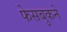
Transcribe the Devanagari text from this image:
फेसबुकने